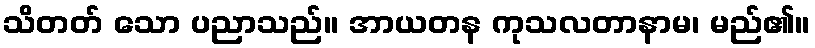
သိတတ် သော ပညာသည်။ အာယတန ကုသလတာနာမ၊ မည်၏။